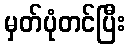
မှတ်ပုံတင်ပြီး